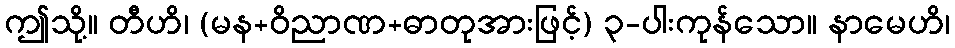
ဤသို့။ တီဟိ၊ (မန+ဝိညာဏ+ဓာတုအားဖြင့်) ၃-ပါးကုန်သော။ နာမေဟိ၊